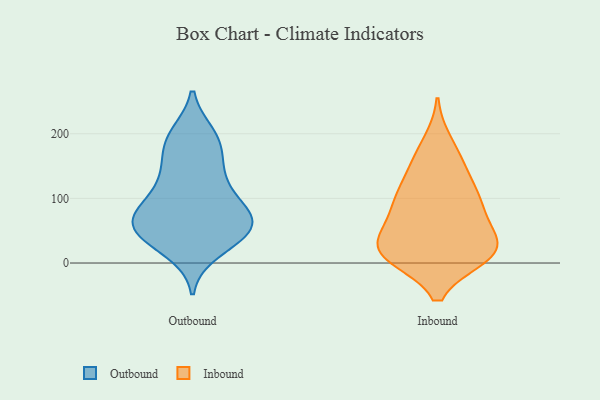
{"axis": {"x": "Latency (ms)", "y": "Value"}, "legend": ["Inbound", "Outbound"], "data": [{"x": "", "y": 193, "type": "Outbound"}, {"x": "", "y": 175, "type": "Outbound"}, {"x": "", "y": 66, "type": "Outbound"}, {"x": "", "y": 63, "type": "Outbound"}, {"x": "", "y": 133, "type": "Outbound"}, {"x": "", "y": 85, "type": "Outbound"}, {"x": "", "y": 64, "type": "Outbound"}, {"x": "", "y": 39, "type": "Outbound"}, {"x": "", "y": 131, "type": "Outbound"}, {"x": "", "y": 192, "type": "Outbound"}, {"x": "", "y": 104, "type": "Outbound"}, {"x": "", "y": 198, "type": "Outbound"}, {"x": "", "y": 89, "type": "Outbound"}, {"x": "", "y": 147, "type": "Outbound"}, {"x": "", "y": 19, "type": "Outbound"}, {"x": "", "y": 61, "type": "Outbound"}, {"x": "", "y": 33, "type": "Outbound"}, {"x": "", "y": 54, "type": "Outbound"}, {"x": "", "y": 70, "type": "Outbound"}, {"x": "", "y": 42, "type": "Outbound"}, {"x": "", "y": 11, "type": "Inbound"}, {"x": "", "y": 13, "type": "Inbound"}, {"x": "", "y": 66, "type": "Inbound"}, {"x": "", "y": 154, "type": "Inbound"}, {"x": "", "y": 41, "type": "Inbound"}, {"x": "", "y": 24, "type": "Inbound"}, {"x": "", "y": 18, "type": "Inbound"}, {"x": "", "y": 88, "type": "Inbound"}, {"x": "", "y": 152, "type": "Inbound"}, {"x": "", "y": 186, "type": "Inbound"}, {"x": "", "y": 11, "type": "Inbound"}, {"x": "", "y": 21, "type": "Inbound"}, {"x": "", "y": 106, "type": "Inbound"}, {"x": "", "y": 68, "type": "Inbound"}, {"x": "", "y": 105, "type": "Inbound"}, {"x": "", "y": 18, "type": "Inbound"}, {"x": "", "y": 107, "type": "Inbound"}]}